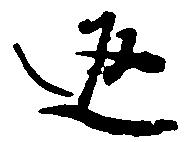
返